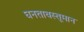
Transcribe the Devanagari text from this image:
घनतावस्तूमान